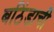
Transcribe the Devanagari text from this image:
बठिंडाची